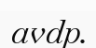
avdp.